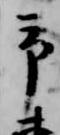
予